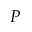
P